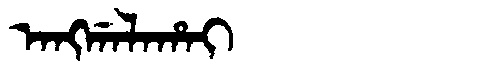
Manchu: ᠠᠩᡤᠠᠯᠠᡥᠠᡳ
Romanization: ANGGALAHAI